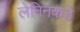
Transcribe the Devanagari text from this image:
लेनिनकडे